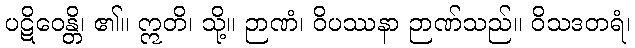
ပဋိဝေန္တိ၊ ၏။ ဣတိ၊ သို့။ ဉာဏံ၊ ဝိပဿနာ ဉာဏ်သည်။ ဝိသဒတရံ၊